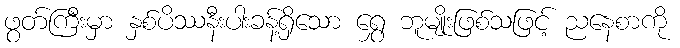
ဖွတ်ကြီးမှာ နှစ်ပိဿနီးပါးခန့်ရှိသော ရွှေ ဘူမျိုးဖြစ်သဖြင့် ညနေစာကို